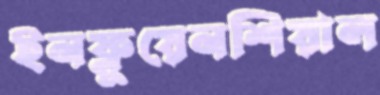
ইনফ্লুয়েনশিয়াল